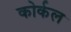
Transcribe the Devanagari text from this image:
कोर्कल